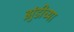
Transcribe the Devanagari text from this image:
झुंडीच्या